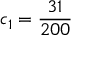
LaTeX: c _ { 1 } = { \frac { 3 1 } { 2 0 0 } }